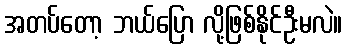
အတပ်တော့ ဘယ်ပြော လို့ဖြစ်နိုင်ဦးမလဲ။